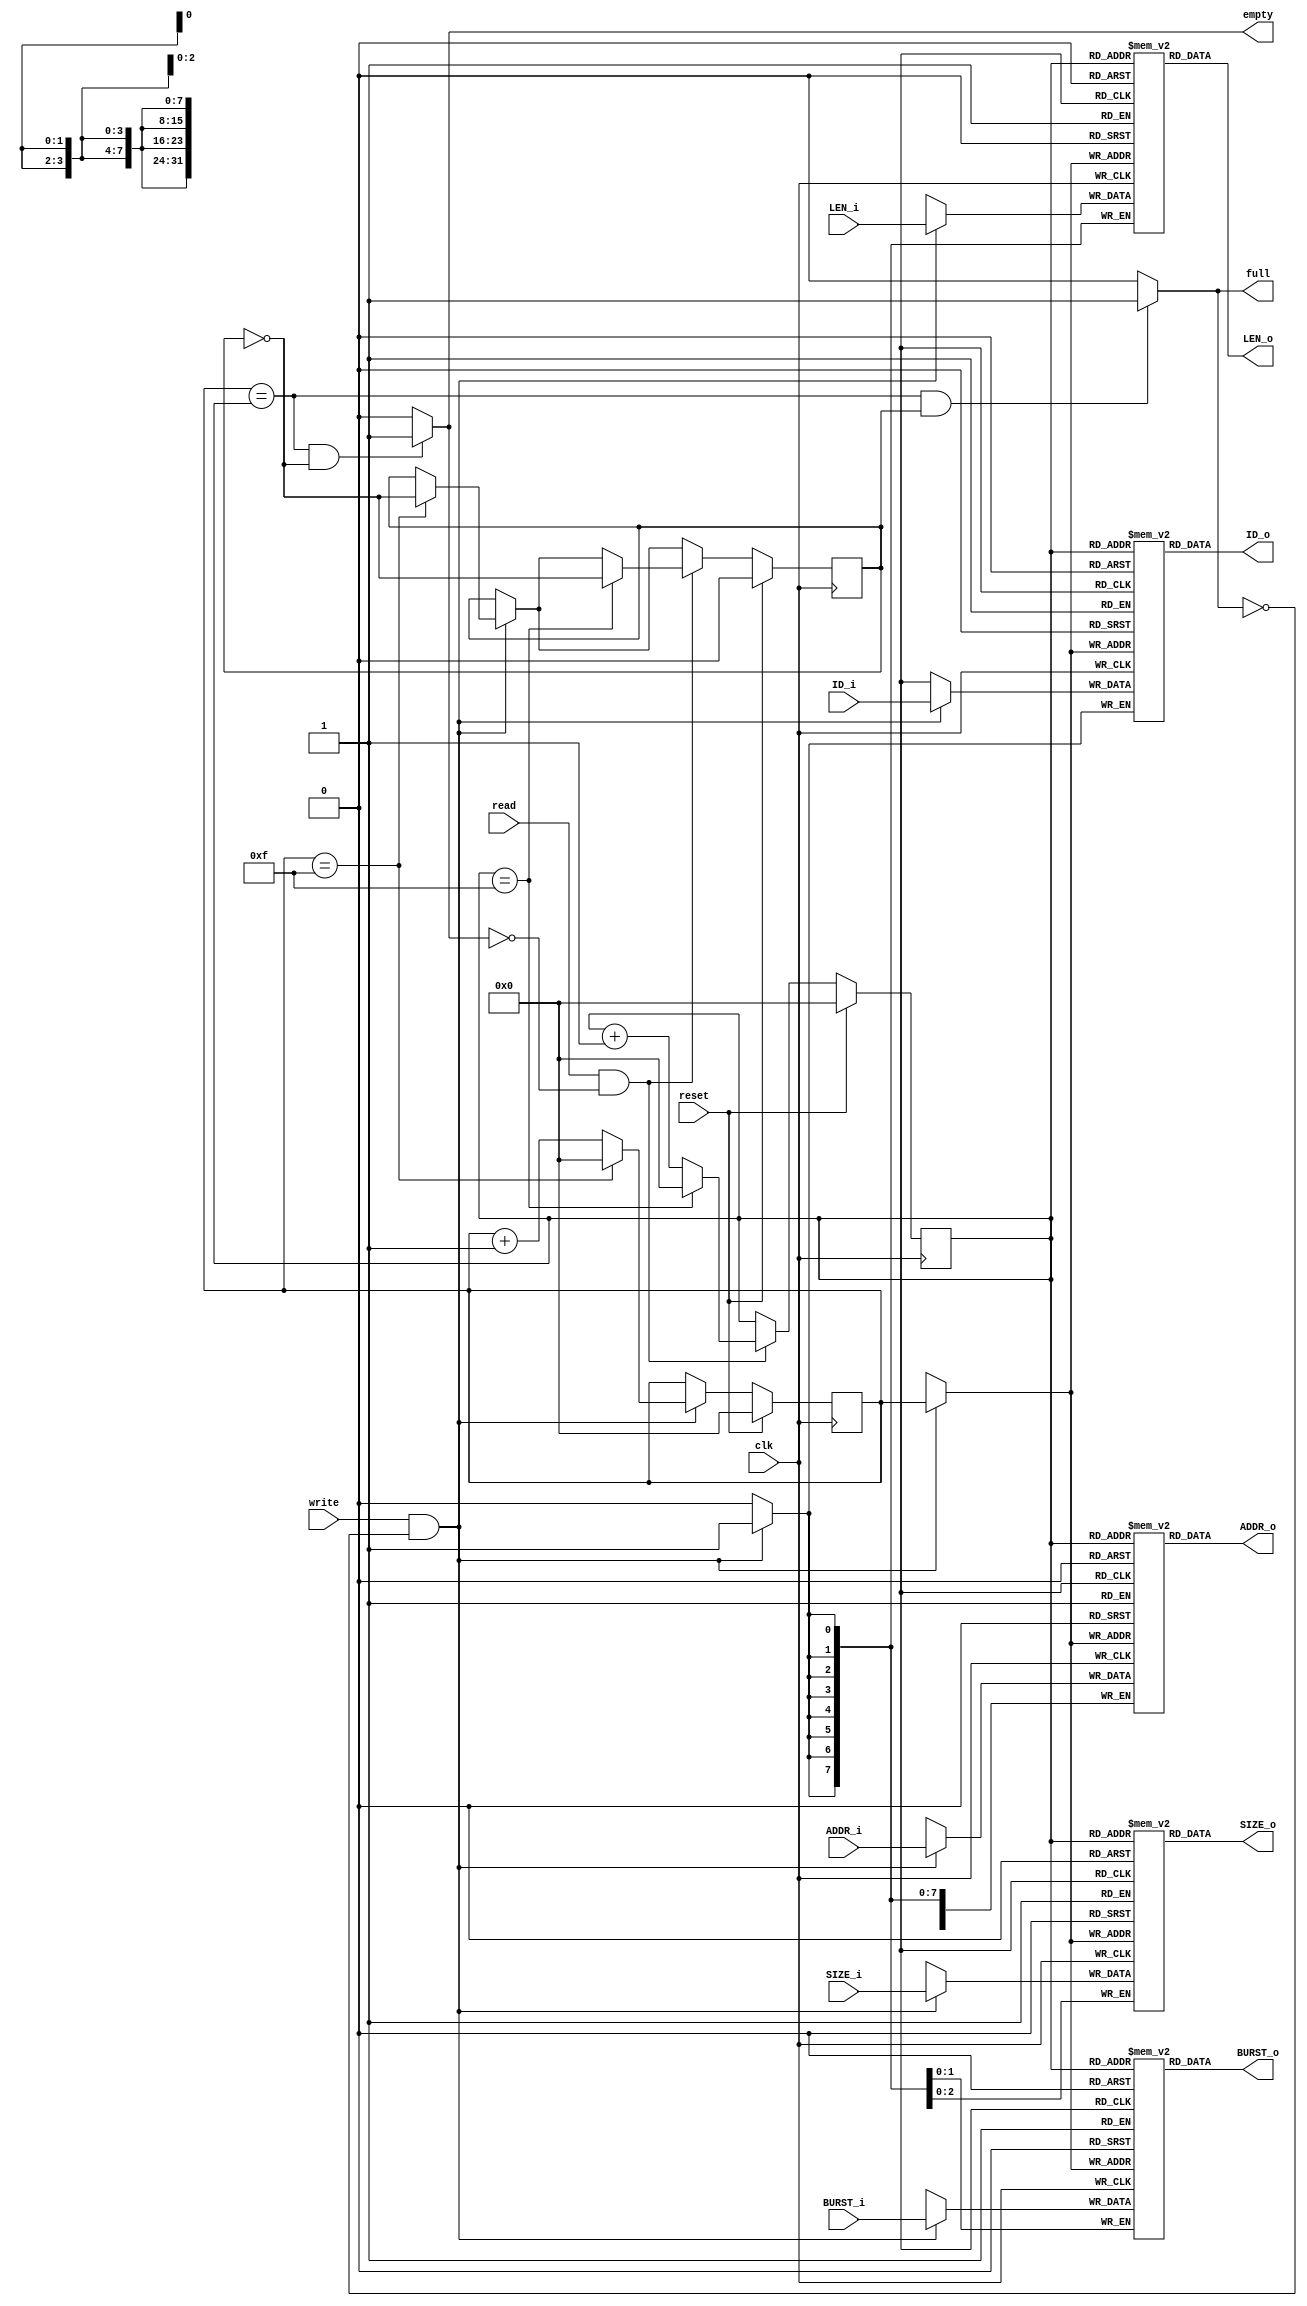
module axi_fifo (
	clk, 
	reset,
	ADDR_i,
	ID_i,
	LEN_i,
	SIZE_i,
	BURST_i,
	
	ADDR_o,
	ID_o,
	LEN_o,
	SIZE_o,
	BURST_o,

	read,
	write,
	empty,
	full
	);
	parameter DEPTH = 16;
	parameter ADDR_BITWIDTH = 32; 
	parameter ID_BITWIDTH = 1;

	parameter ADDR_BIT = 4;
	parameter RESET_VALUE = 1;
	
	input clk;
	input reset;
	input [ADDR_BITWIDTH - 1 : 0] ADDR_i;
	input [ID_BITWIDTH - 1 : 0] ID_i;
	input [8-1:0] LEN_i;
	input [3-1:0] SIZE_i;
	input [2-1:0] BURST_i;

	output [ADDR_BITWIDTH - 1 : 0] ADDR_o;
	output [ID_BITWIDTH - 1 : 0] ID_o;
	output [8-1:0] LEN_o;
	output [3-1:0] SIZE_o;
	output [2-1:0] BURST_o;
	
	input read;
	input write;
	output empty;
	output full;
	
	
	reg [ADDR_BITWIDTH - 1:0] ADDR[DEPTH - 1: 0];
	reg [ID_BITWIDTH - 1:0] ID[DEPTH - 1: 0];
	reg [7:0] LEN[DEPTH - 1: 0];
	reg [2:0] SIZE[DEPTH - 1: 0];
	reg [1:0] BURST[DEPTH - 1: 0];
	
	reg flap;
	reg [ADDR_BIT - 1:0] write_addr;
	reg [ADDR_BIT - 1:0] read_addr;	
	
	
	integer array_i; 
	assign ADDR_o = ADDR[read_addr];
	assign ID_o = ID[read_addr];
	assign LEN_o = LEN[read_addr];
	assign SIZE_o = SIZE[read_addr];
	assign BURST_o = BURST[read_addr];
	
	//full empty
	//wire
	/*
	wire empty;
	wire full;
	assign full = (write_addr == read_addr && flap == 1) ? 1 : 0; 
	assign empty = (write_addr == read_addr && flap == 0) ? 1 : 0; 
	*/

//
//reg
reg empty;
reg full;	


//full
always @(write_addr, read_addr, flap) begin
	if (write_addr == read_addr && flap == 1) begin
		full = 1;
	end
	else full = 0;
end

//empty
always @(write_addr, read_addr, flap) begin
	if (write_addr == read_addr && flap == 0) begin
		empty = 1;
	end
	else empty = 0;
end



//data_array 
//{{{
always@(posedge clk) begin
	if (write == 1 && full != 1) begin
		ADDR[write_addr] <= ADDR_i;
		ID[write_addr] <= ID_i;
		LEN[write_addr] <= LEN_i;
		SIZE[write_addr] <= SIZE_i;
		BURST[write_addr] <= BURST_i;
	end
end 
//}}}

//write_addr
//{{{
always@(posedge clk) begin
	if (reset == RESET_VALUE) begin
		write_addr <= 0;
	end
	else begin
		if (write == 1 && full != 1) begin
			if (write_addr == DEPTH - 1) begin
				write_addr <= 0;
			end
			else begin
				write_addr <= write_addr + 1;
			end
		end
	end
end 
//}}}

//read_addr
//{{{
always@(posedge clk) begin
	if (reset == RESET_VALUE) begin
		read_addr <= 0;
	end
	else begin
		if (read == 1 && empty != 1) begin
			if (read_addr == DEPTH - 1) begin
				read_addr <= 0;
			end
			else begin
				read_addr <= read_addr + 1;
			end
		end

	end
end
//}}}

//flap
//flap == 0: write greater than read
//flap == 1: write less than read
//{{{
always@(posedge clk) begin
	if (reset == RESET_VALUE) begin
		flap <= 0;
	end
	else begin
		if (write == 1 && full != 1) begin
			//write
			if (write_addr == DEPTH - 1) begin
				flap <= ~flap;
			end
		end
		if (read == 1 && empty != 1 ) begin
			//read
			if (read_addr == DEPTH - 1) begin
				flap <= ~flap;
			end
		end
	end
end 
//}}}
endmodule